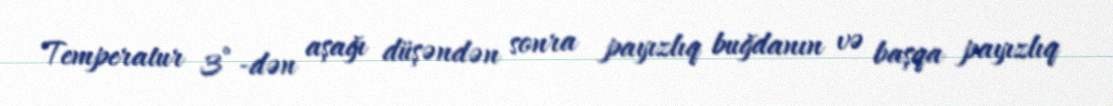
Temperatur 3°-dən aşağı düşəndən sonra payızlıq buğdanın və başqa payızlıq